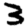
Digit: 3